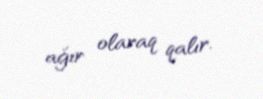
ağır olaraq qalır.